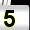
Digit: 5